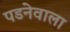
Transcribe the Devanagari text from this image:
पडनेवाला